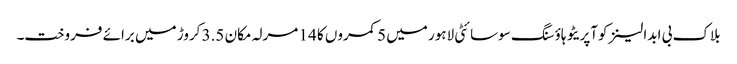
بلاک بی ابدالینزکوآپریٹو ہاؤسنگ سوسائٹی لاہور میں 5 کمروں کا 14 مرلہ مکان 3.5 کروڑ میں برائے فروخت۔